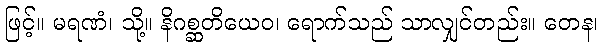
ဖြင့်။ မရဏံ၊ သို့။ နိဂစ္ဆတိယေဝ၊ ရောက်သည် သာလျှင်တည်း။ တေန၊